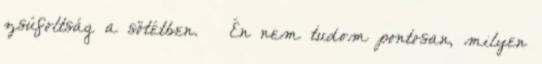
zsúfoltság a sötétben. – Én nem tudom pontosan, milyen